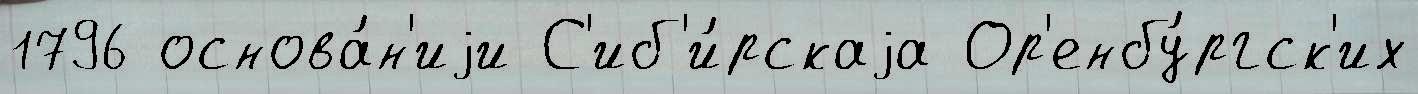
1796 основа́н'иjи С'иб'и́рскаjа Ор'енбу́ргск'их